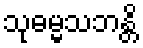
သုဓမ္မသဘန္တိ